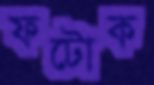
ফটোক